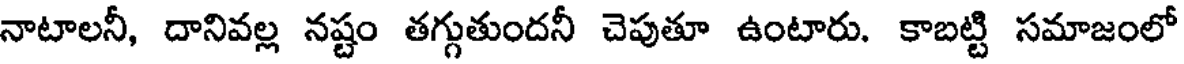
నాటాలనీ, దానివల్ల నష్టం తగ్గుతుందనీ చెపుతూ ఉంటారు. కాబట్టి సమాజంలో